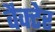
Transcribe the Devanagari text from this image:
वैक्टेर